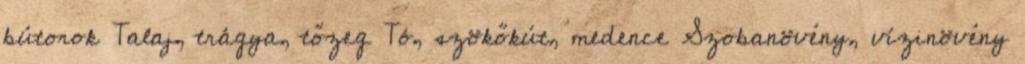
bútorok Talaj, trágya, tőzeg Tó, szökőkút, medence Szobanövény, vízinövény